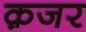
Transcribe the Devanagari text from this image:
क़जर